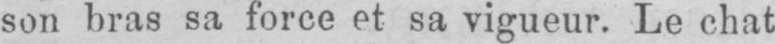
son bras sa force et sa vigueur. Le chat